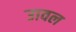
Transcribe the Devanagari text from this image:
उावल